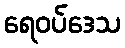
ရေဝပ်ဒေသ